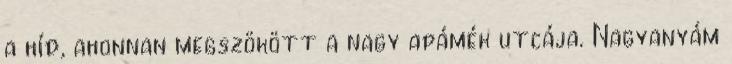
a híd, ahonnan megszökött a nagy apámék utcája. Nagyanyám